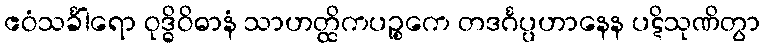
ဧဝံသင်္ခါရော ဝုဒ္ဓိဝိဓာနံ သာဟတ္ထိကပဉ္စကေ တဒင်္ဂပ္ပဟာနေန ပဋိသုဏိတွာ